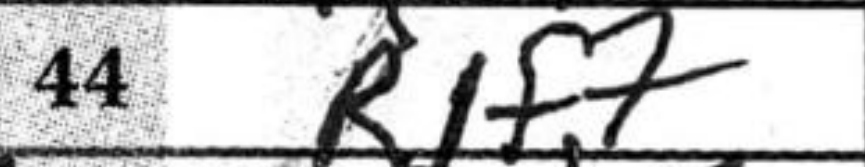
Transcription: R1f7